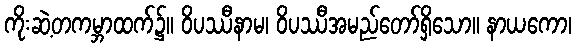
ကိုးဆဲ့တကမ္ဘာထက်၌။ ဝိပဿီနာမ၊ ဝိပဿီအမည်တော်ရှိသော။ နာယကော၊